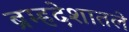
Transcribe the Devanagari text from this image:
ब्रम्हदेशातले